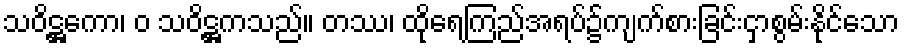
သဝိဋ္ဌကော၊ ဝ သဝိဋ္ဌကသည်။ တဿ၊ ထိုရေကြည်အရပ်၌ကျက်စားခြင်းငှာစွမ်းနိုင်သော